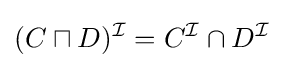
(C\sqcap D)^{\mathcal {I}}=C^{\mathcal {I}}\cap D^{\mathcal {I}}